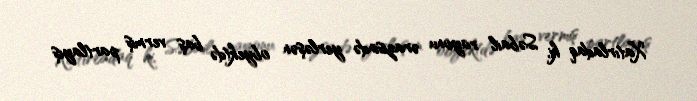
Xatırladaq ki, Səbail rayonu ərazisində yerləşən obyektdə baş vermiş partlayış